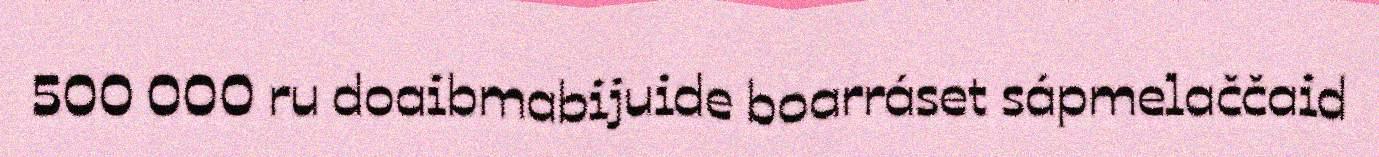
500 000 ru doaibmabijuide boarráset sápmelaččaid